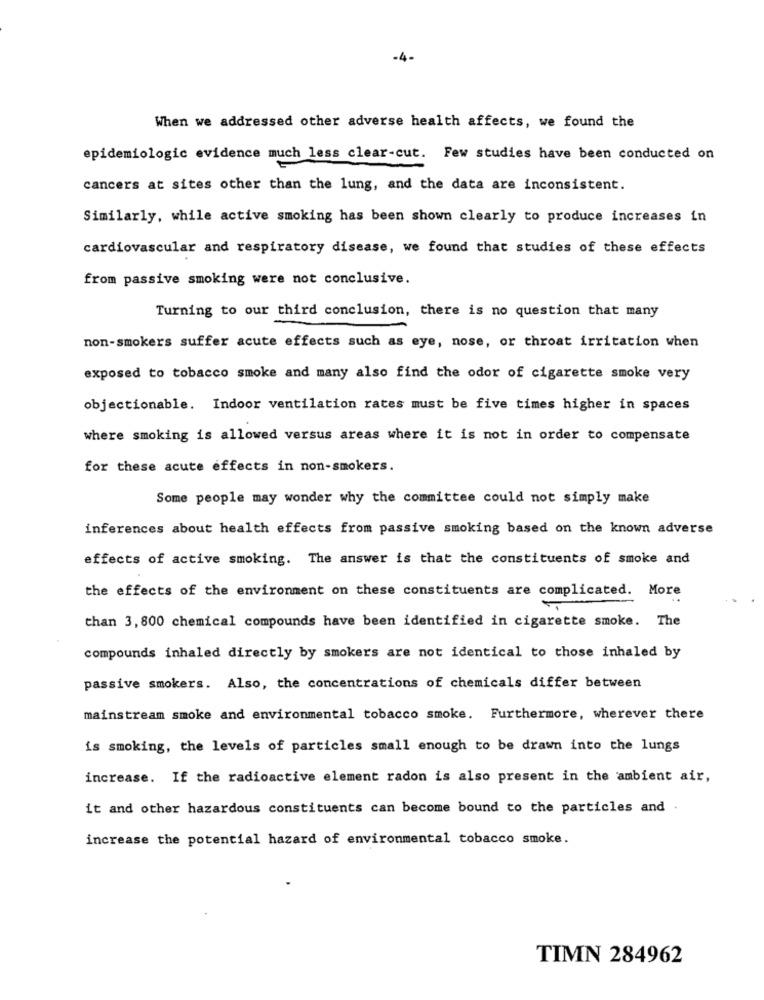
-4-
When we addressed other adverse health affects, we found the
epidemiologic evidence much less clear-cut. Few studies have been conducted on
cancers at sites other than the lung, and the data are inconsistent.
Similarly, while active smoking has been shown clearly to produce increases in
cardiovascular and respiratory disease, we found that studies of these effects
from passive smoking were not conclusive.
Turning to our third conclusion, there is no question that many
non-smokers suffer acute effects such as eye, nose, or throat irritation when
exposed to tobacco smoke and many also find the odor of cigarette smoke very
objectionable. Indoor ventilation rates must be five times higher in spaces
where smoking is allowed versus areas where it is not in order to compensate
for these acute effects in non-smokers.
Some people may wonder why the committee could not simply make
inferences about health effects from passive smoking based on the known adverse
effects of active smoking. The answer is that the constituents of smoke and
the effects of the environment on these constituents are complicated. More
than 3, 800 chemical compounds have been identified in cigarette smoke. The
compounds inhaled directly by smokers are not identical to those inhaled by
passive smokers. Also, the concentrations of chemicals differ between
mainstream smoke and environmental tobacco smoke. Furthermore, wherever there
is smoking, the levels of particles small enough to be drawn into the lungs
increase. If the radioactive element radon is also present in the ambient air,
it and other hazardous constituents can become bound to the particles and .
increase the potential hazard of environmental tobacco smoke.
TIMN 284962